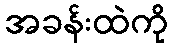
အခန်းထဲကို